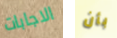
الاجابات بأن